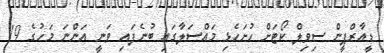
ޑީއާރްޕީން ސިވިލް ކޯޓަށް ހުށަހެޅި މައްސަލާގައި ބުނެފައި ވަނީ އަންނަ މަހުގެ 19